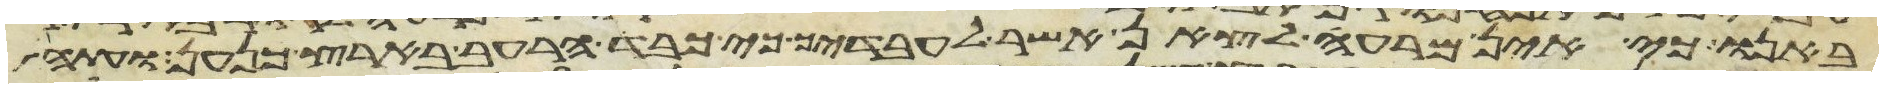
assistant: באנו כי אין מרעה לצאן אשר לעבדיך כי כבד הרעב בארץ כנען ועתה